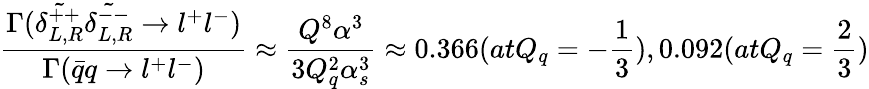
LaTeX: \frac{\Gamma(\tilde{\delta_{L,R}^{++}}\tilde{\delta_{L,R}^{--}}\rightarrow l^{+}l^{-})}{\Gamma(\bar{q}q\rightarrow l^{+}l^{-})}\approx\frac{Q^{8}\alpha^{3}}{3Q_{q}^{2}\alpha_{s}^{3}}\approx 0.366(atQ_{q}=-\frac{1}{3}),0.092(atQ_{q}=\frac{2}{3})